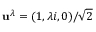
\mathbf { u } ^ { \lambda } = ( 1 , \lambda i , 0 ) / \sqrt { 2 }